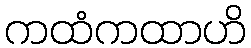
ကထံကထာဟိ